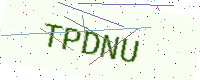
Text: TPDNU